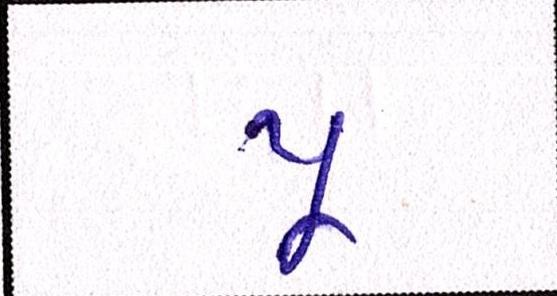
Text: પૂ